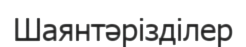
Шаянтәрізділер